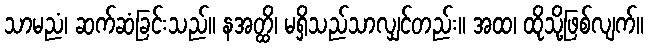
သာမညံ၊ ဆက်ဆံခြင်းသည်။ နအတ္ထိ၊ မရှိသည်သာလျှင်တည်း။ အထ၊ ထိုသို့ဖြစ်လျက်။